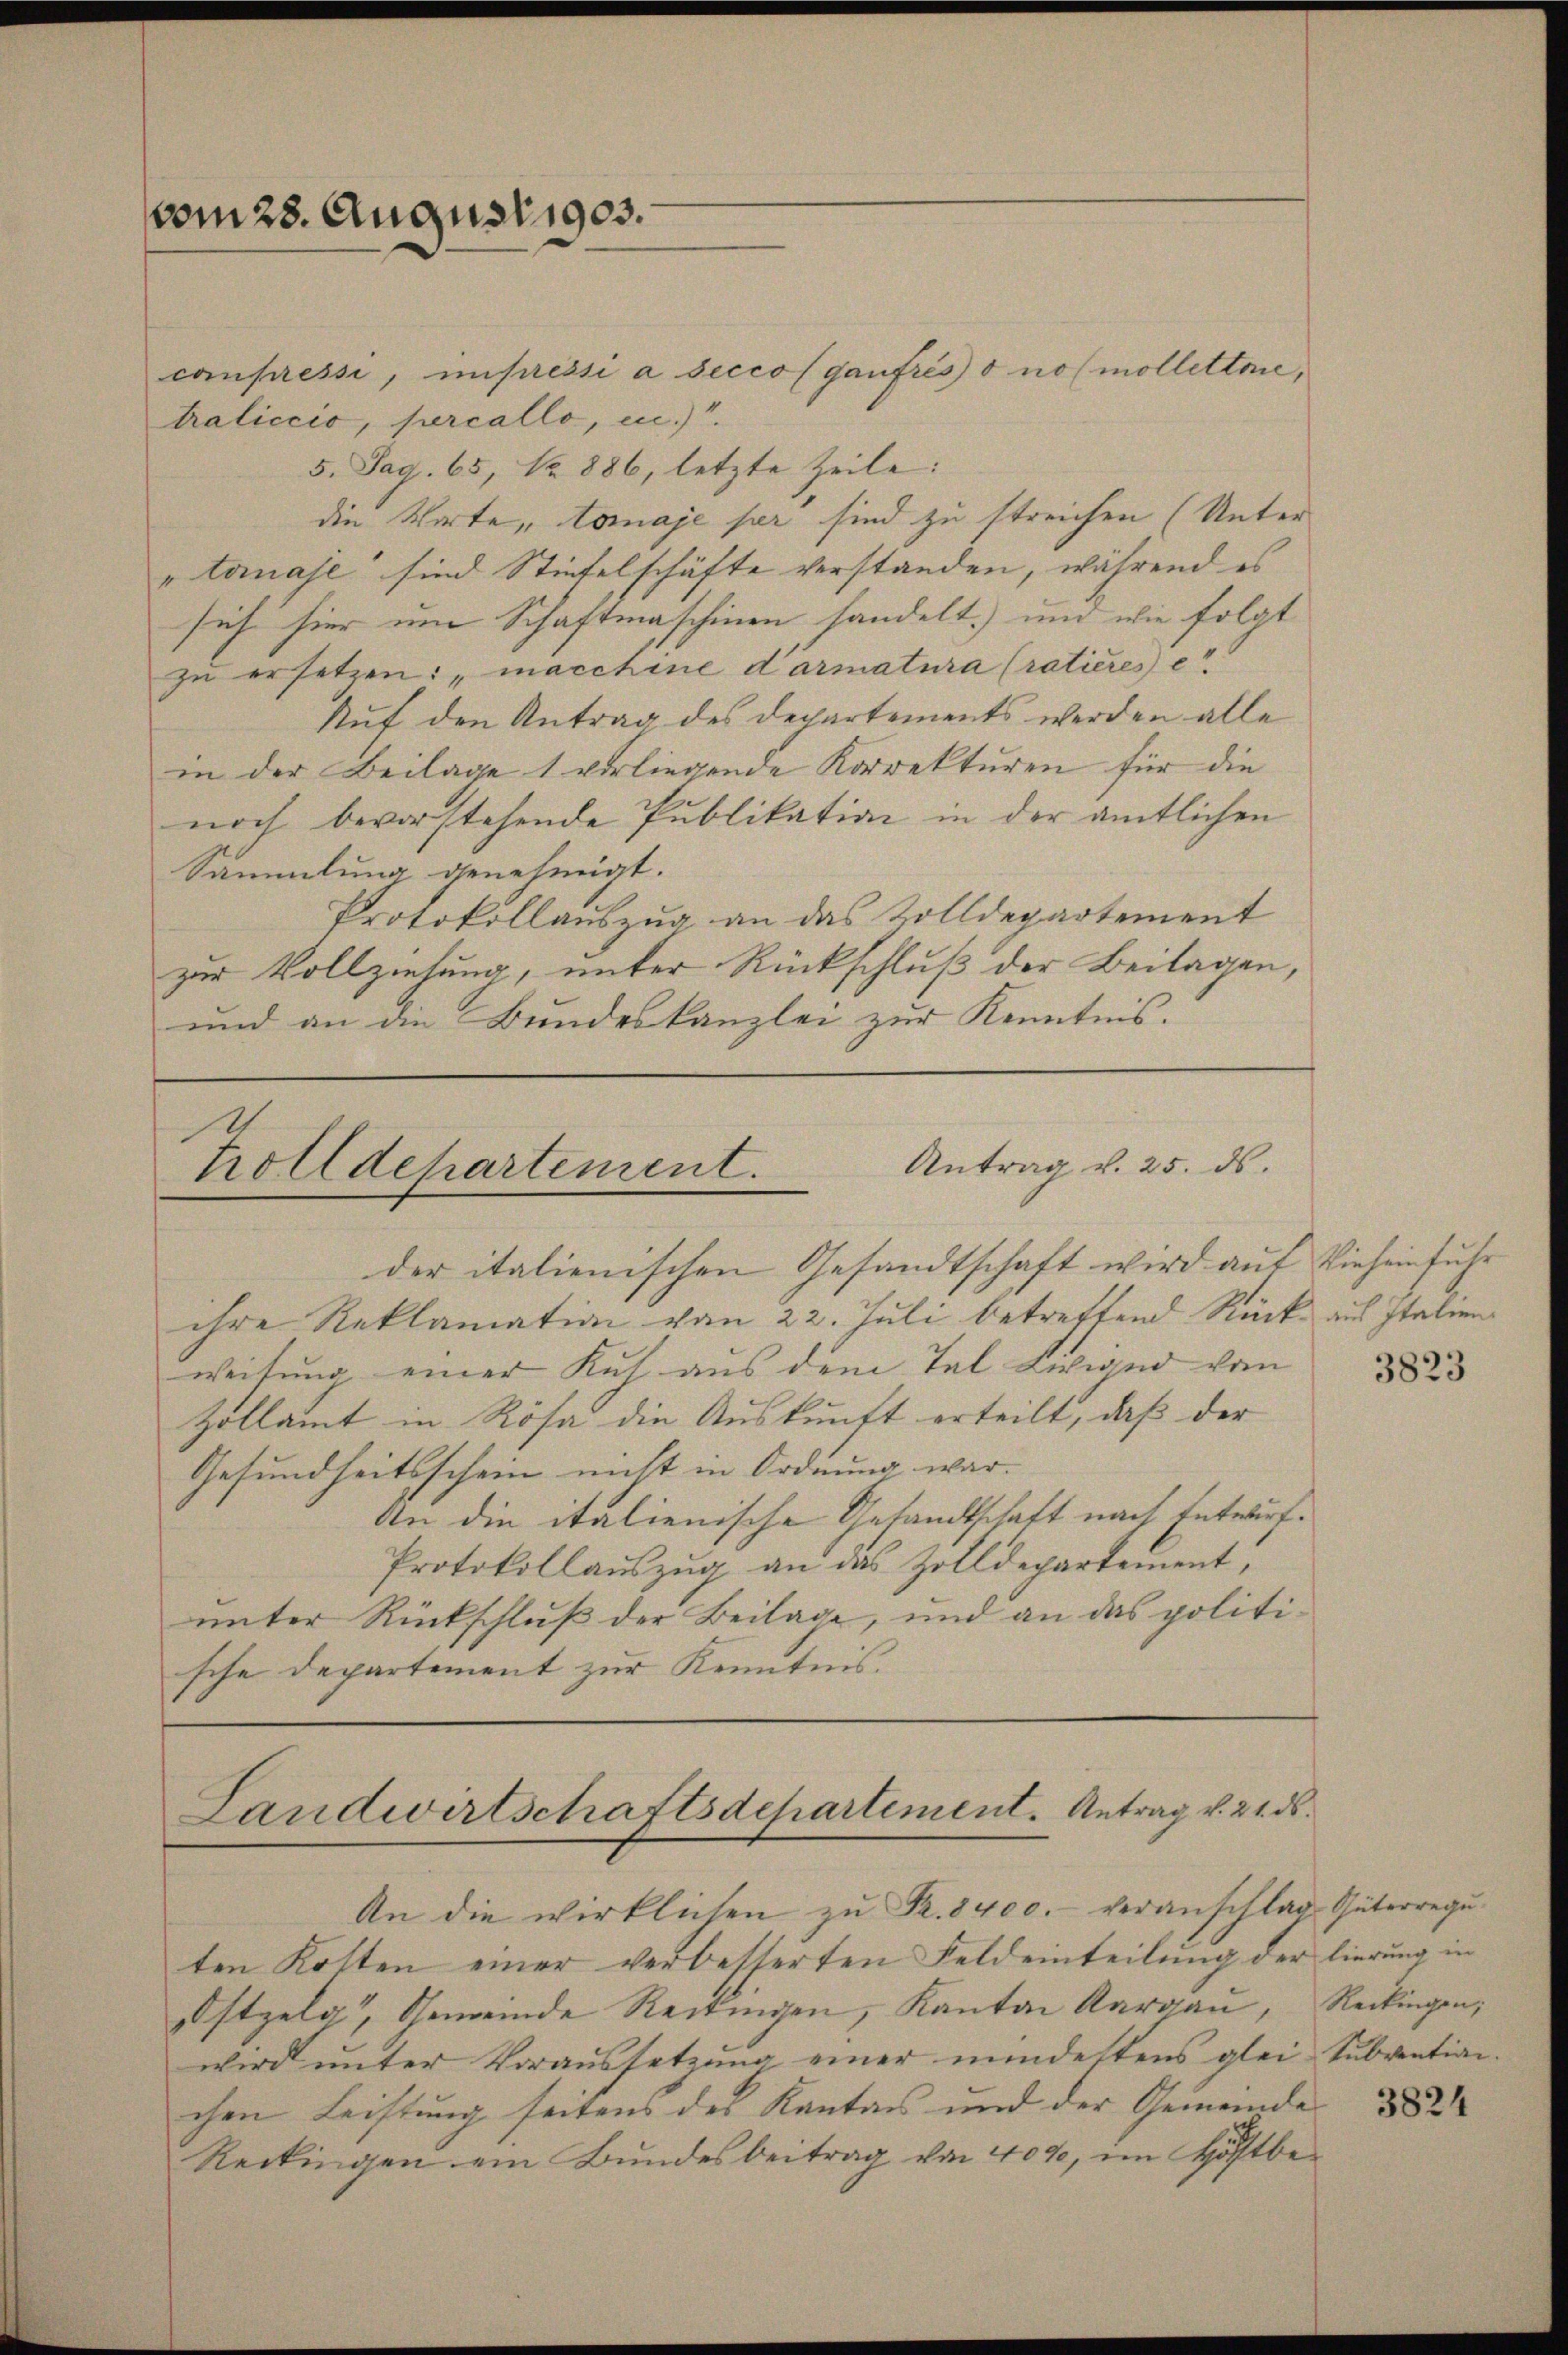
vom 28. August 1903.

canpressi, impressi à seccof ganfrés o nosmollettene,
traliccio, percallo, en.).
5. Pag. 65, No 886, letzte Zeile:
die Worte, tomaje per sind zu streichen (Unter
"tanaje sind Stiefelschäfte verstanden, während es
sich hier um Schaftmaschinen handelt, und wie folgt
zu ersetzen: „macchine darmatura (ratieres e
Auf den Antrag des Departements werden alle
in der Beilage 1 vorliegende Korrekturen für die
noch bevorstehende Publikation in der amtlichen
Sammlung genehmigt.
Protokollauszug an das Zolldepartement
zur Vollziehung, unter Rückschluß der Beilagen,
und an die Bundeskanzlei zur Kenntnis.

Antrag v. 25. ds.
d
hrolldepartement.

der italienischen Gesandtschaft wird auf Vieheinfuhr
ihre Reklamation von 22. Juli betreffend Rück aus Italien
weisung einer Kuh aus dem Tal Liciand vom
Zollamt in Röse die Auskunft erteilt, daß der
Gesundheitsschein nicht in Ordnung war. |
An die italienische Gesandtschaft nach Entwurf.
Protokollauszug an das Zolldepartement,
unter Rückschluß der Beilage, und an das politische Departement zur Kenntnis.

Landwirtschaftsdchartement. Antrag v. 21. ds.
An die wirklichen zu R. 8400.- veranschlag Güterregu¬

ten Kotten einer verbesserten Feldeinteilung der lierung in
Ostzelg, Gemeinde Reitungen, Kanton Aargau, Reckingen,
wird unter Voraussetzung einer mindestens glei Subventian
chen Leistung seitens des Kanton und der Gemeinde 1882
Reckingen ein Bundesbeitrag von 400, im Höftbe¬

3823